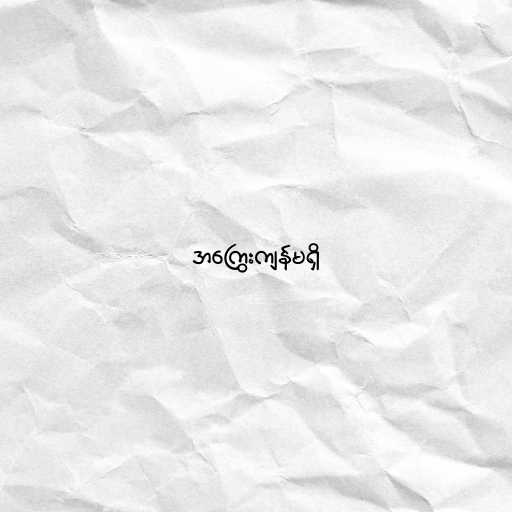
အကြွေးကျန်မရှိ